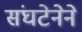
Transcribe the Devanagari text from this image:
संघटेनेने